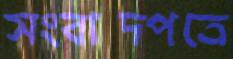
সংবাদপত্রে